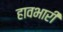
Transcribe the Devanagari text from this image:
हावभारी